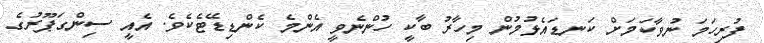
ފުރިހަމަ ނުވާކަމަށް ކަނޑައެޅުމުން މިހާރު ބާކީ ހުންނެވީ އެންމެ ކެންޑިޑޭޓެކެވެ. އެއީ ސިންގަޕޫރުގެ